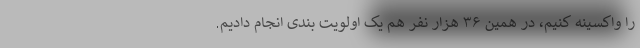
را واکسینه کنیم، در همین ۳۶ هزار نفر هم یک اولویت بندی انجام دادیم.